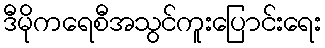
ဒီမိုကရေစီအသွင်ကူးပြောင်းရေး